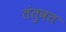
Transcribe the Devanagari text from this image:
तंतुवत